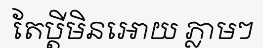
តែប្តីមិនអោយ ភ្លាមៗ